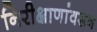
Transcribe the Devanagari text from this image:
निरीक्षाणांवरून